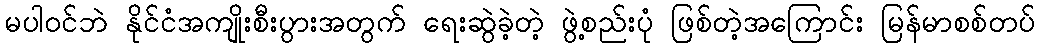
မပါဝင်ဘဲ နိုင်ငံအကျိုးစီးပွားအတွက် ရေးဆွဲခဲ့တဲ့ ဖွဲ့စည်းပုံ ဖြစ်တဲ့အကြောင်း မြန်မာစစ်တပ်